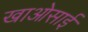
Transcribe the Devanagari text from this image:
खाओसाई